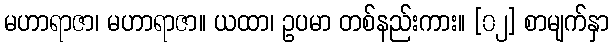
မဟာရာဇာ၊ မဟာရာဇာ။ ယထာ၊ ဥပမာ တစ်နည်းကား။ [၀၂] စာမျက်နှာ